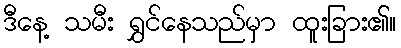
ဒီနေ့ သမီး ရွှင်နေသည်မှာ ထူးခြား၏။